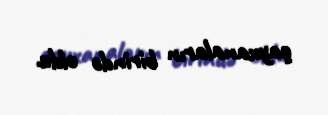
çayxanaların birində oldu.